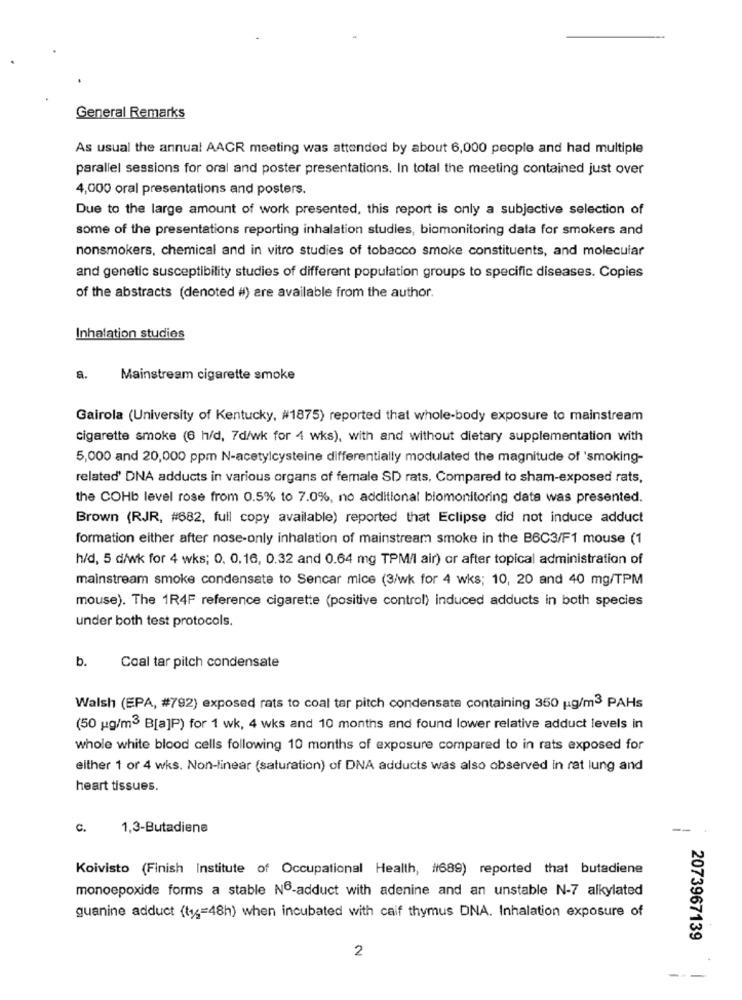
General Remarks
As usual the annual AACR meeting was attended by about 6,000 people and had multiple
parallel sessions for oral and poster presentations. In total the meeting contained just over
4,000 oral presentations and posters.
Due to the large amount of work presented, this report is only a subjective selection of
some of the presentations reporting inhalation studies, biomonitoring data for smokers and
nonsmokers, chemical and in vitro studies of tobacco smoke constituents, and molecular
and genetic susceptibility studies of different population groups to specific diseases. Copies
of the abstracts (denoted #) are available from the author.
Inhalation studies
a.
Mainstream cigarette smoke
Gairola (University of Kentucky, #1875) reported that whole-body exposure to mainstream
cigarette smoke (6 h/d, 7d/wk for 4 wks), with and without dietary supplementation with
5,000 and 20,000 ppm N-acetylcysteine differentially modulated the magnitude of 'smoking-
related' DNA adducts in various organs of female SD rats, Compared to sham-exposed rats,
the COHb level rose from 0.5% to 7.0%, no additional biomonitoring data was presented.
Brown (RJR, #682, full copy available) reported that Eclipse did not induce adduct
formation either after nose-only inhalation of mainstream smoke in the B6C3/F1 mouse (1
h/d, 5 d/wk for 4 wks; 0. 0.16, 0.32 and 0.64 mg TPM/I air) or after topical administration of
mainstream smoke condensate to Sencar mice (3/wk for 4 wks; 10, 20 and 40 mg/TPM
mouse). The 1R4F reference cigarette (positive control) induced adducts in both species
under both test protocols.
b.
Coal tar pitch condensate
Walsh (EPA, #792) exposed rats to coal tar pitch condensate containing 350 ug/m3 PAHs
(50 ug/m3 B[a]P) for 1 wk, 4 wks and 10 months and found lower relative adduct levels in
whole white blood cells following 10 months of exposure compared to in rats exposed for
either 1 or 4 wks. Non-linear (saturation) of DNA adducts was also observed in rat lung and
heart tissues.
c.
1,3-Butadiene
Koivisto (Finish Institute of Occupational Health, #689) reported that butadiene
monoepoxide forms a stable Nº-adduct with adenine and an unstable N-7 alkylated
guanine adduct (ty ;= 48h) when incubated with calf thymus DNA. Inhalation exposure of
2073967139
2
---